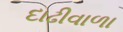
દાઢીવાળા